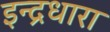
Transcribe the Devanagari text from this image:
इन्द्रधारा